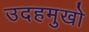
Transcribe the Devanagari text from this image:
उदहमुखो